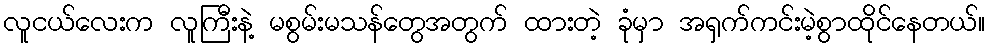
လူငယ်လေးက လူကြီးနဲ့ မစွမ်းမသန်တွေအတွက် ထားတဲ့ ခုံမှာ အရှက်ကင်းမဲ့စွာထိုင်နေတယ်။